Investigations on Bengal jail dietaries - Number 37
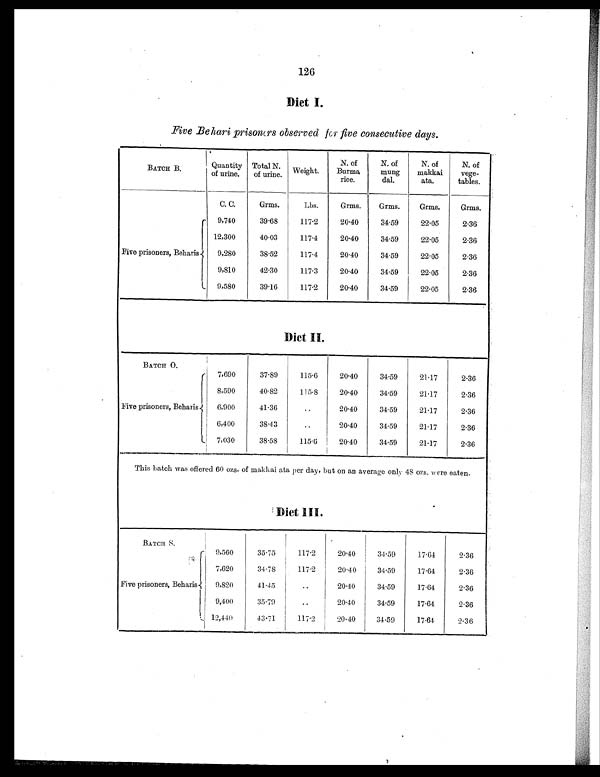
126
Diet I.
Five Behari prisoners observed for five consecutive days.
BATCH B.
Quantity
of urine.
Total N.
of urine. Weight.
N. of
Burma
rice.
N. of
mung
dal.
N. of
makkai
ata.
N. of
vege-
tables.
C. C.
Grms.
Lbs.
Grms.
Grms.
Grms.
Grms.
Five prisoners, Beharis.
9,740
39.68
117.2
20.40
34.59
22.05
2.36
12,300
40.03
117.4
20.40
34.59
22.05
2.36
9,280
38.52
117.4
20.40
34.59
22.05
2.36
9,810
42.30
117.3
20.40
34.59
22.05
2.36
9,580
39.16
117.2
20.40
34.59
22.05
2.36
D i e t I I
BATCH O.
7,690
37.89
115.6
20.40
34.59
21.17
2.36
Five prisoners, Beharis
8,590
40.82
115.8
20.40
34.59
21.17
2.36
6,900
41.3
..
20.40
34.59
21.17
2.36
6,400
38.43
..
20.40
34.59
21.17
2.36
7,030
38.58
115.6
20.40
34.59
21.17
2.36
This batch was offered 60 ozs. of makkai ata per day, but on an average only 48 ozs. were eaten.
Diet III.
BA T en 8.
9,560
35.75
117.2
20.40
34.59
17.64
2.36
Five prisoners, Beharis.
7,620
34.78
117.2
20.40
34.59
17.64
2.36
9,820
41.45
..
20.40
34.59
17.64
2.36
9,400
35.79
..
20.40
34.59
17.64
2.36
12,440
43.71
117.2
20.40
34.59
17.64
2.36